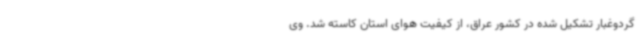
گردوغبار تشکیل شده در کشور عراق، از کیفیت هوای استان کاسته شد. وی